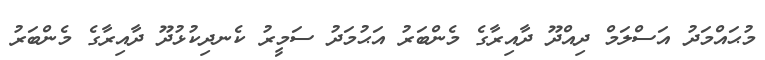
މުޙައްމަދު އަސްލަމް ދިއްދޫ ދާއިރާގެ މެންބަރު އަޙުމަދު ސަމީރު ކެނދިކުޅުދޫ ދާއިރާގެ މެންބަރު